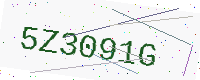
Text: 5Z3091G